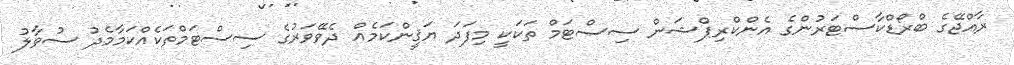
ރާއްޖޭގެ ބްރޯޑްކާސްޓަރުންގެ އެންކްރިޕްޝަން ސިސްޓަމް ތަކަކީ މިފަދަ ޔަޤީންކަމެއް ދެވޭވަރުގެ ސިސްޓަމްތަކެއްކަމާމެދު ސުވާލު